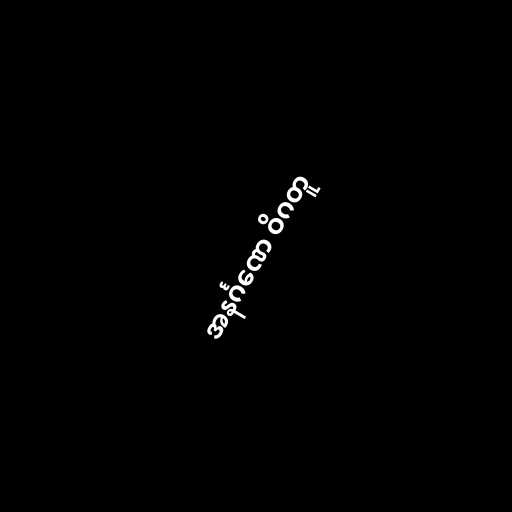
အနင်္ဂဏေ ဝိဂတူ